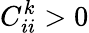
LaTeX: C_{ii}^{k}>0